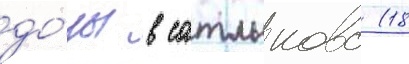
до́зы в сатлыково (18